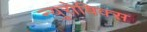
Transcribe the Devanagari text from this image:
न्युरोबिक्स